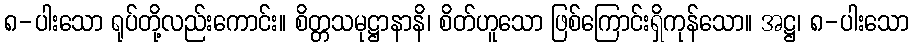
၈-ပါးသော ရုပ်တို့လည်းကောင်း။ စိတ္တသမုဋ္ဌာနာနိ၊ စိတ်ဟူသော ဖြစ်ကြောင်းရှိကုန်သော။ အဋ္ဌ၊ ၈-ပါးသော